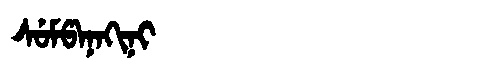
Manchu: ᠰᡠᠮᡦᠠᠨᠠᡴᡳᠨᡳ
Romanization: SUMPANAKINI